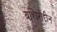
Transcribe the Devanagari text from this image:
बशिरोद्दीन